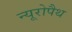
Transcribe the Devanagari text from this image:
न्यूरोपैथ